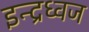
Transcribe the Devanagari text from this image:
इन्द्रध्वज